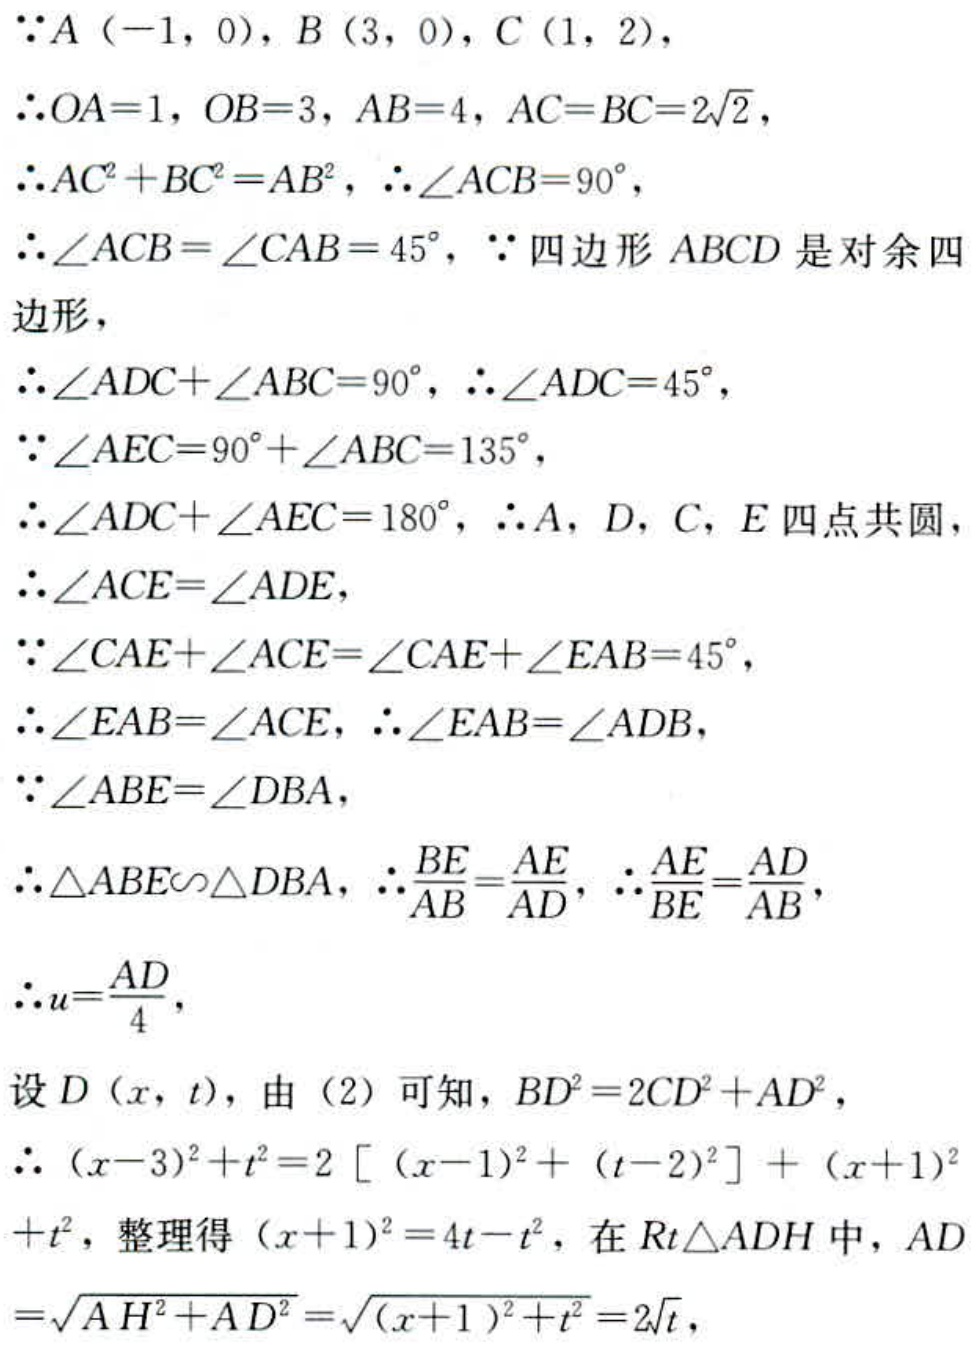
\(\because A(-1,0), B(3,0), C(1,2),\)
\(\therefore OA = 1, OB = 3, AB = 4, AC = BC = 2\sqrt{2},\)
\(\therefore AC^{2}+BC^{2}=AB^{2}, \therefore \angle ACB = 90^{\circ},\)
\(\therefore \angle ACB=\angle CAB = 45^{\circ}, \because\)四边形\(ABCD\)是对余四边形，
\(\therefore \angle ADC+\angle ABC = 90^{\circ}, \therefore \angle ADC = 45^{\circ},\)
\(\because \angle AEC = 90^{\circ}+\angle ABC = 135^{\circ},\)
\(\therefore \angle ADC+\angle AEC = 180^{\circ}, \therefore A, D, C, E\)四点共圆，
\(\therefore \angle ACE=\angle ADE,\)
\(\because \angle CAE+\angle ACE=\angle CAE+\angle EAB = 45^{\circ},\)
\(\therefore \angle EAB=\angle ACE, \therefore \angle EAB=\angle ADB,\)
\(\because \angle ABE=\angle DBA,\)
\(\therefore \triangle ABE\sim\triangle DBA, \therefore \frac{BE}{AB}=\frac{AE}{AD}, \therefore \frac{AE}{BE}=\frac{AD}{AB},\)
\(\therefore u = \frac{AD}{4},\)
设\(D(x,t)\)，由\((2)\)可知，\(BD^{2}=2CD^{2}+AD^{2},\)
\(\therefore (x - 3)^{2}+t^{2}=2[(x - 1)^{2}+(t - 2)^{2}]+(x + 1)^{2}\)
\(+t^{2}\)，整理得\((x + 1)^{2}=4t - t^{2}\)，在\(Rt\triangle ADH\)中，\(AD\)
\(=\sqrt{AH^{2}+AD^{2}}=\sqrt{(x + 1)^{2}+t^{2}}=2\sqrt{t},\)